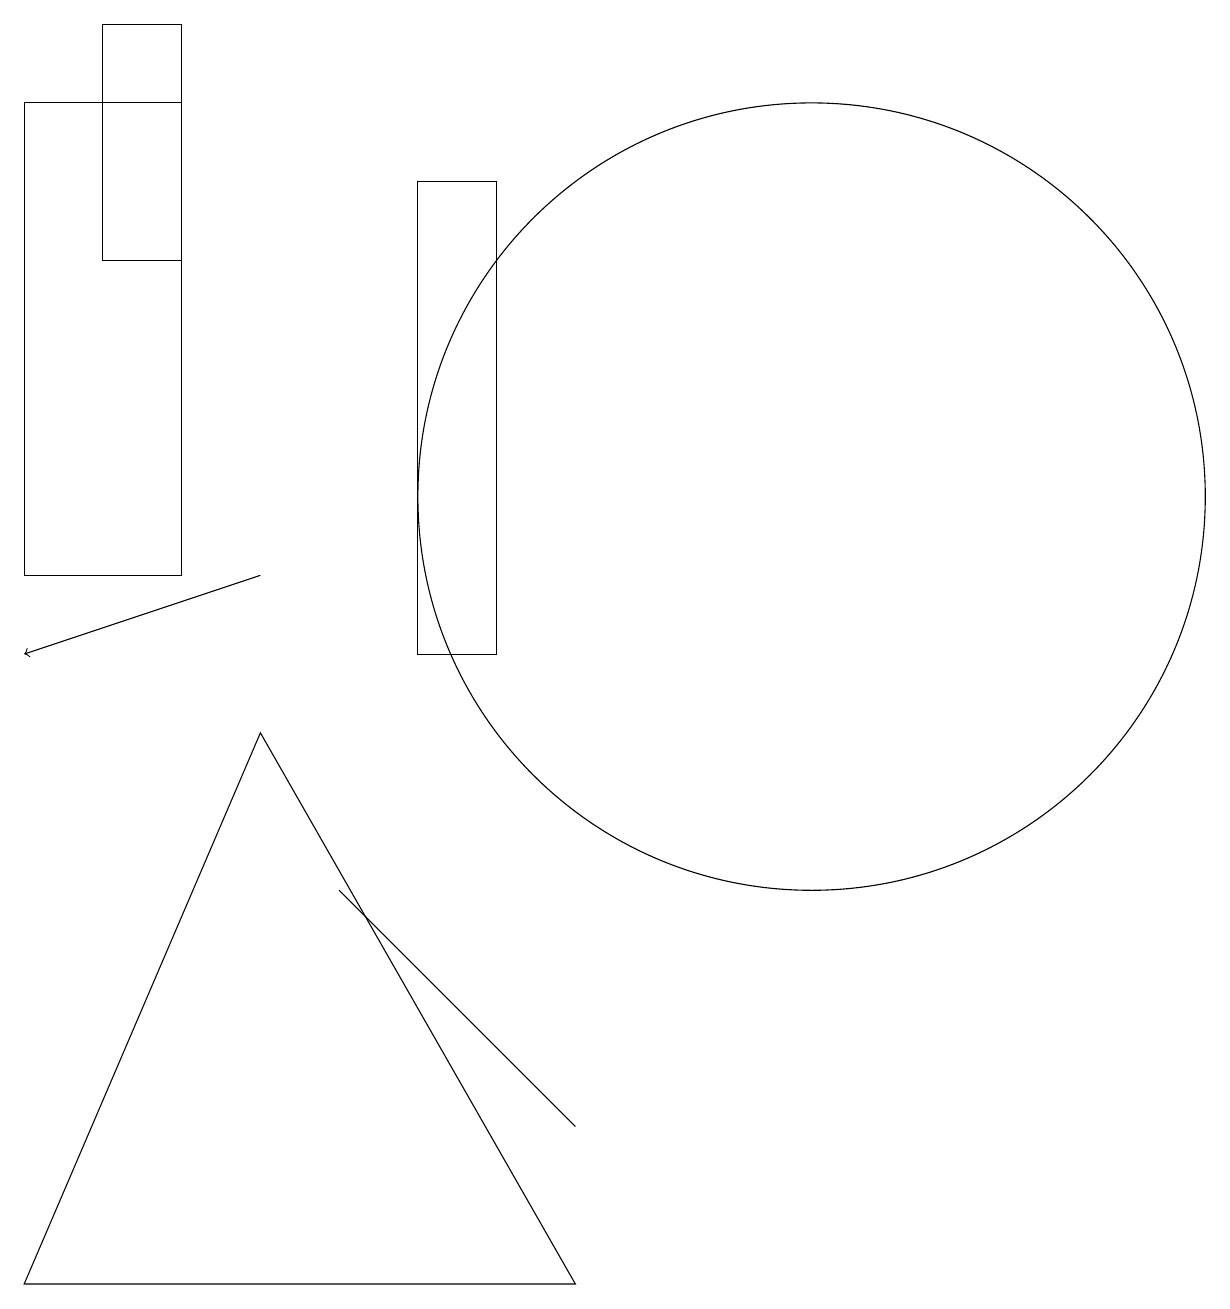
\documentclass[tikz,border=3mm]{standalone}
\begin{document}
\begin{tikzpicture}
\draw (1,18) rectangle (2,15);
\draw (2,17) rectangle (0,11);
\draw (7,4) -- (4,7) -- (6,5) -- cycle;
\draw (7,2) -- (0,2) -- (3,9) -- cycle;
\draw (10,12) circle (5);
\draw[->] (3,11) -- (0,10);
\draw (5,10) rectangle (6,16);
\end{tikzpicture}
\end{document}